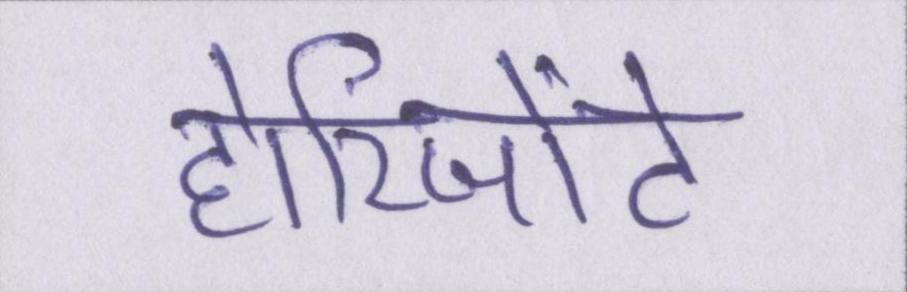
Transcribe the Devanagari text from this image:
होरिजोंटे